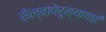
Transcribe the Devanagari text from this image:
सेल्वापेरुन्थागाई